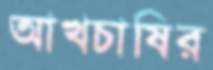
আখচাষির